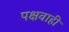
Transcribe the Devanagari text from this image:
पक्षवाही